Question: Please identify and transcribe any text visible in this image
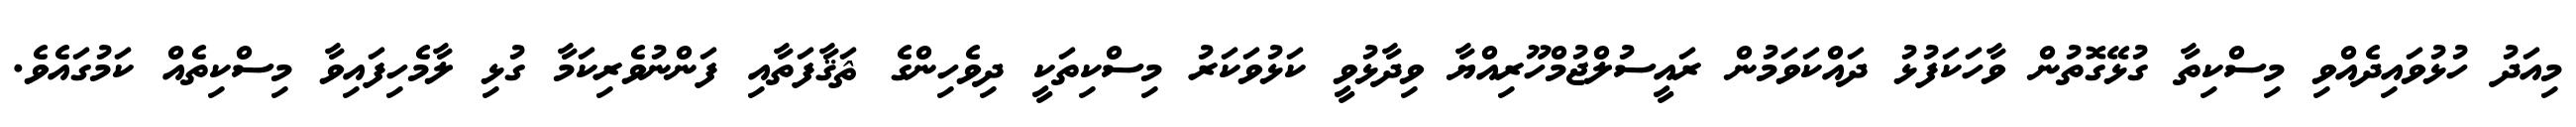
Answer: މިއަދު ހުޅުވައިދެއްވި މިސްކިތާ ގުޅޭގޮތުން ވާހަކަފުޅު ދައްކަވަމުން ރައީސުލްޖުމްހޫރިއްޔާ ވިދާޅުވީ ކަޅުވަކަރު މިސްކިތަކީ ދިވެހިންގެ ޘަޤާފަތާއި ފަންނުވެރިކަމާ ގުޅި ލާމެހިފައިވާ މިސްކިތެއް ކަމުގައެވެ.